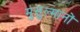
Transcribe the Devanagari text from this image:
मुसुल्मानों